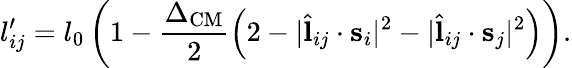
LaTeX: l_{ij}^{\prime}=l_{0}\left(1-\frac{\Delta_{\mathrm{CM}}}{2}\left(2-|\hat{\mathbf{l}}_{ij}\cdot\mathbf{s}_{i}|^{2}-|\hat{\mathbf{l}}_{ij}\cdot\mathbf{s}_{j}|^{2}\right)\right).